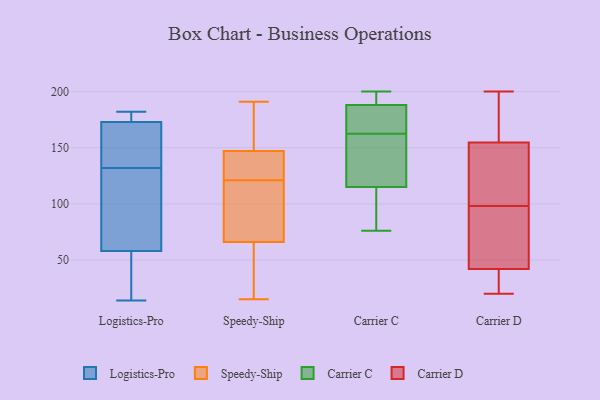
{"axis": {"x": "Conversion Rate (%)", "y": "Value"}, "legend": ["Carrier C", "Carrier D", "Logistics-Pro", "Speedy-Ship"], "data": [{"x": "", "y": 122, "type": "Logistics-Pro"}, {"x": "", "y": 29, "type": "Logistics-Pro"}, {"x": "", "y": 147, "type": "Logistics-Pro"}, {"x": "", "y": 138, "type": "Logistics-Pro"}, {"x": "", "y": 25, "type": "Logistics-Pro"}, {"x": "", "y": 141, "type": "Logistics-Pro"}, {"x": "", "y": 182, "type": "Logistics-Pro"}, {"x": "", "y": 118, "type": "Logistics-Pro"}, {"x": "", "y": 180, "type": "Logistics-Pro"}, {"x": "", "y": 49, "type": "Logistics-Pro"}, {"x": "", "y": 177, "type": "Logistics-Pro"}, {"x": "", "y": 68, "type": "Logistics-Pro"}, {"x": "", "y": 58, "type": "Logistics-Pro"}, {"x": "", "y": 143, "type": "Logistics-Pro"}, {"x": "", "y": 179, "type": "Logistics-Pro"}, {"x": "", "y": 14, "type": "Logistics-Pro"}, {"x": "", "y": 126, "type": "Logistics-Pro"}, {"x": "", "y": 173, "type": "Logistics-Pro"}, {"x": "", "y": 123, "type": "Speedy-Ship"}, {"x": "", "y": 35, "type": "Speedy-Ship"}, {"x": "", "y": 15, "type": "Speedy-Ship"}, {"x": "", "y": 91, "type": "Speedy-Ship"}, {"x": "", "y": 112, "type": "Speedy-Ship"}, {"x": "", "y": 147, "type": "Speedy-Ship"}, {"x": "", "y": 136, "type": "Speedy-Ship"}, {"x": "", "y": 119, "type": "Speedy-Ship"}, {"x": "", "y": 159, "type": "Speedy-Ship"}, {"x": "", "y": 124, "type": "Speedy-Ship"}, {"x": "", "y": 191, "type": "Speedy-Ship"}, {"x": "", "y": 157, "type": "Speedy-Ship"}, {"x": "", "y": 158, "type": "Speedy-Ship"}, {"x": "", "y": 143, "type": "Speedy-Ship"}, {"x": "", "y": 56, "type": "Speedy-Ship"}, {"x": "", "y": 66, "type": "Speedy-Ship"}, {"x": "", "y": 114, "type": "Speedy-Ship"}, {"x": "", "y": 59, "type": "Speedy-Ship"}, {"x": "", "y": 195, "type": "Carrier C"}, {"x": "", "y": 188, "type": "Carrier C"}, {"x": "", "y": 184, "type": "Carrier C"}, {"x": "", "y": 192, "type": "Carrier C"}, {"x": "", "y": 111, "type": "Carrier C"}, {"x": "", "y": 164, "type": "Carrier C"}, {"x": "", "y": 76, "type": "Carrier C"}, {"x": "", "y": 195, "type": "Carrier C"}, {"x": "", "y": 187, "type": "Carrier C"}, {"x": "", "y": 164, "type": "Carrier C"}, {"x": "", "y": 115, "type": "Carrier C"}, {"x": "", "y": 89, "type": "Carrier C"}, {"x": "", "y": 89, "type": "Carrier C"}, {"x": "", "y": 160, "type": "Carrier C"}, {"x": "", "y": 161, "type": "Carrier C"}, {"x": "", "y": 200, "type": "Carrier C"}, {"x": "", "y": 151, "type": "Carrier C"}, {"x": "", "y": 120, "type": "Carrier C"}, {"x": "", "y": 51, "type": "Carrier D"}, {"x": "", "y": 85, "type": "Carrier D"}, {"x": "", "y": 178, "type": "Carrier D"}, {"x": "", "y": 30, "type": "Carrier D"}, {"x": "", "y": 82, "type": "Carrier D"}, {"x": "", "y": 200, "type": "Carrier D"}, {"x": "", "y": 63, "type": "Carrier D"}, {"x": "", "y": 20, "type": "Carrier D"}, {"x": "", "y": 109, "type": "Carrier D"}, {"x": "", "y": 32, "type": "Carrier D"}, {"x": "", "y": 114, "type": "Carrier D"}, {"x": "", "y": 170, "type": "Carrier D"}, {"x": "", "y": 158, "type": "Carrier D"}, {"x": "", "y": 98, "type": "Carrier D"}, {"x": "", "y": 114, "type": "Carrier D"}, {"x": "", "y": 145, "type": "Carrier D"}, {"x": "", "y": 190, "type": "Carrier D"}, {"x": "", "y": 39, "type": "Carrier D"}, {"x": "", "y": 31, "type": "Carrier D"}]}